Report of the Bombay Plague Committee
Disease focus: Plague
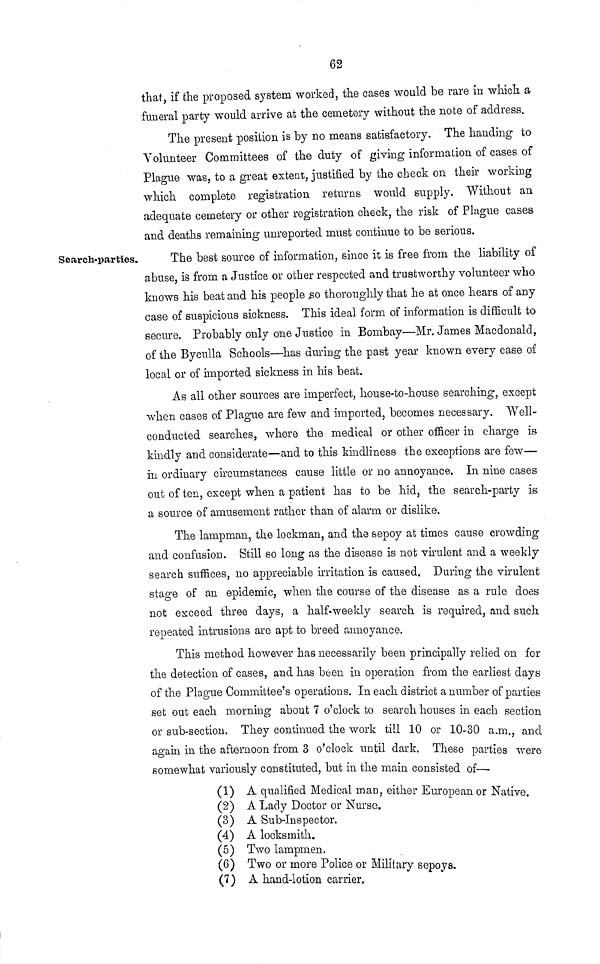
62
that, if the proposed system worked, the cases would be rare in which, a
funeral party would arrive at the cemetery without the note of address.
The present position is by no means satisfactory. The handing to
Volunteer Committees of the duty of giving information of cases of
Plague was, to a great extent, justified by the check on their working
which complete registration returns would supply. Without an
adequate cemetery or other registration check, the risk of Plague cases
and deaths remaining unreported must continue to be serious.
Search-parties.
The best source of information, since it is free from the liability o£
abuse, is from a Justice or other respected and trustworthy volunteer who
knows his beat and his people so thoroughly that he at once hears of any
case of suspicious sickness. This ideal form of information is difficult to
secure. Probably only one Justice in Bombay—Mr. James Macdonald,
of the Byculla Schools—has during the past year known every case of
local or of imported sickness in his beat.
As all other sources are imperfect, house-to-house searching, except
when cases of Plague are few and imported, becomes necessary. Well-
conducted searches, where the medical or other officer in charge is
kindly and considerate—and to this kindliness the exceptions are few—
in ordinary circumstances cause little or no annoyance. In nine cases
out of ten, except when a patient has to be hid, the search-party is
a source of amusement rather than of alarm or dislike.
The lampman, the lockman, and the sepoy at times cause crowding
and confusion. Still so long as the disease is not virulent and a weekly
search suffices, no appreciable irritation is caused. During the virulent
stage of an epidemic, when the course of the disease as a rule does
not exceed three days, a half-weekly search is required, and such
repeated intrusions are apt to breed annoyance.
This method however has necessarily been principally relied on for
the detection of cases, and has been in operation from the earliest days
of the Plague Committee's operations. In each district a number of parties
set out each morning about 7 o'clock to search houses in each section
or sub-section. They continued the work till 10 or 10-30 a.m. and
again in the afternoon from 3 o'clock until dark. These parties were
somewhat variously constituted, but in the main consisted of
(1) A qualified Medical man, either European or Native.
(2) A Lady Doctor or Nurse.
(3) A Sub-Inspector.
(4) A locksmith.
(5) Two lampmen.
(6) Two or more Police or Military sepoys.
(7) A hand-lotion carrier.